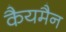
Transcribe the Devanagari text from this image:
कैयमैन